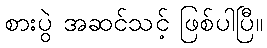
စားပွဲ အဆင်သင့် ဖြစ်ပါပြီ။